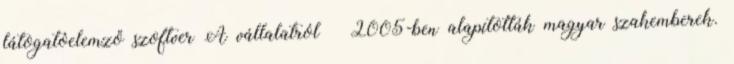
látogatóelemző szoftver A vállalatról  2005-ben alapították magyar szakemberek.